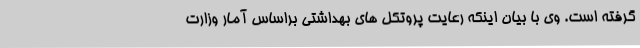
گرفته است. وی با بیان اینکه رعایت پروتکل های بهداشتی براساس آمار وزارت